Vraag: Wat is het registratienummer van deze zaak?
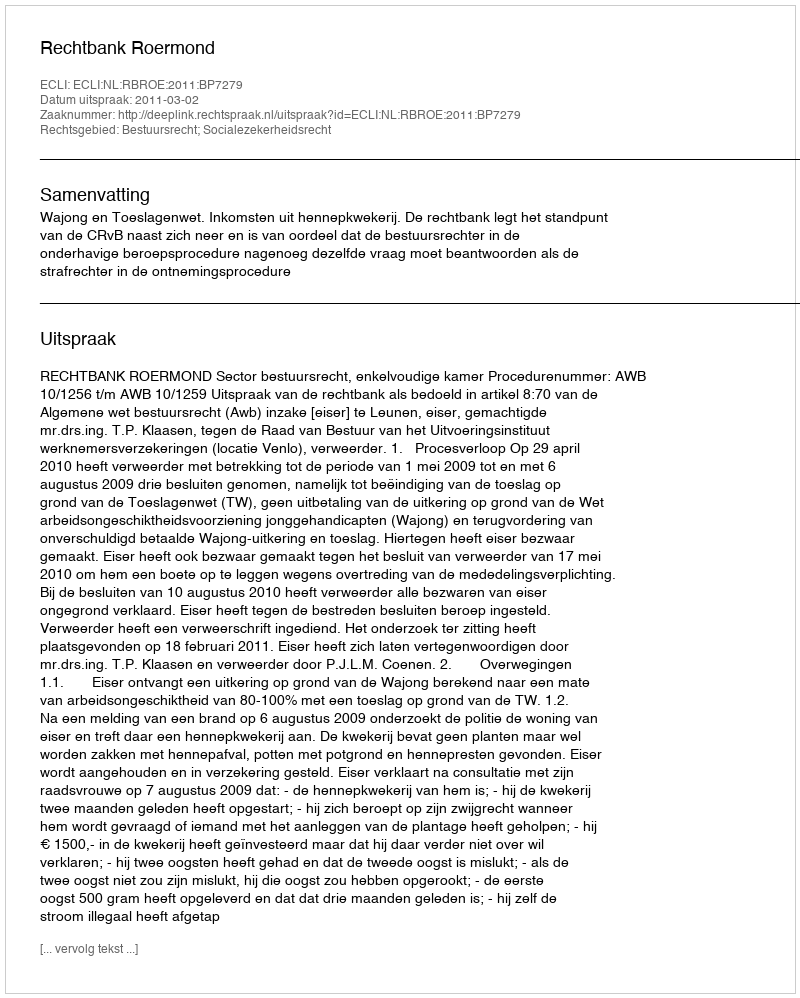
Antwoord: http://deeplink.rechtspraak.nl/uitspraak?id=ECLI:NL:RBROE:2011:BP7279